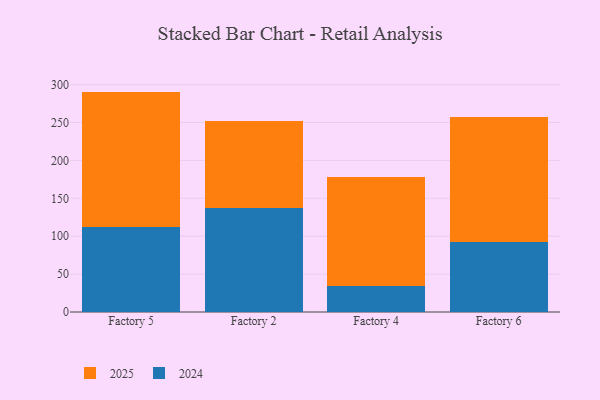
{"axis": {"x": "Factory", "y": "Temperature (°C)"}, "legend": ["2024", "2025"], "data": [{"x": "Factory 5", "y": 178.1, "type": "2025"}, {"x": "Factory 5", "y": 112.7, "type": "2024"}, {"x": "Factory 2", "y": 114.8, "type": "2025"}, {"x": "Factory 2", "y": 137.4, "type": "2024"}, {"x": "Factory 4", "y": 143.0, "type": "2025"}, {"x": "Factory 4", "y": 34.6, "type": "2024"}, {"x": "Factory 6", "y": 165.4, "type": "2025"}, {"x": "Factory 6", "y": 92.1, "type": "2024"}]}